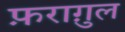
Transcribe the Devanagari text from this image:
फ़रागु़ल